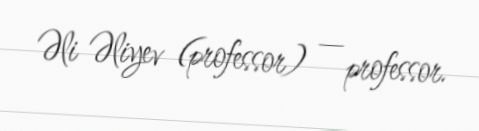
Əli Əliyev (professor) — professor.